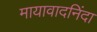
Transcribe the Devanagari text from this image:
मायावादनिंदा